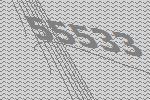
55533